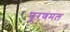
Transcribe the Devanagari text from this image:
पूरणमल